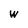
Character: W